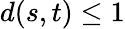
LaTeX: d(s,t)\leq 1